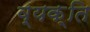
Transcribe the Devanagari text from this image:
व्यक़्ति